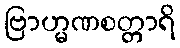
ဗြာဟ္မဏစတ္တာရိ